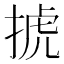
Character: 𢮎